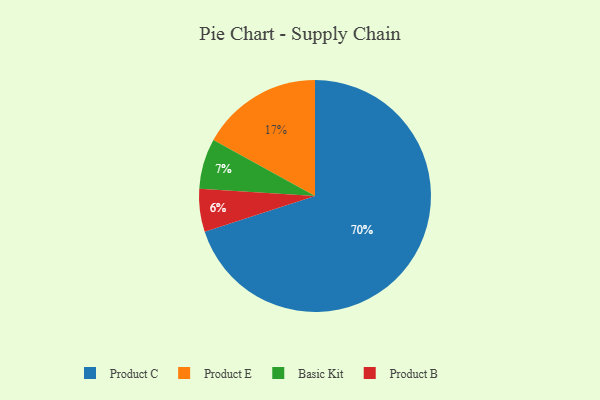
{"axis": {"x": "Category", "y": "Percentage"}, "legend": ["Basic Kit", "Product B", "Product C", "Product E"], "data": [{"x": "Basic Kit", "y": 7, "type": "Basic Kit"}, {"x": "Product C", "y": 70, "type": "Product C"}, {"x": "Product B", "y": 6, "type": "Product B"}, {"x": "Product E", "y": 17, "type": "Product E"}]}